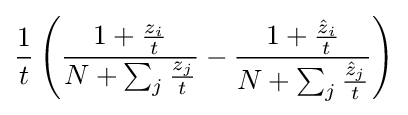
{\frac {1}{t}}\left({\frac {1+{\frac {z_{i}}{t}}}{N+\sum _{j}{\frac {z_{j}}{t}}}}-{\frac {1+{\frac {{\hat {z}}_{i}}{t}}}{N+\sum _{j}{\frac {{\hat {z}}_{j}}{t}}}}\right)